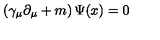
\left( \gamma _ { \mu } \partial _ { \mu } + m \right) \Psi ( x ) = 0